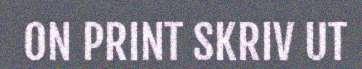
ON PRINT SKRIV UT